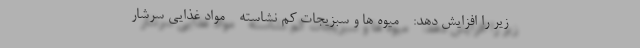
زیر را افزایش دهد: - میوه ها و سبزیجات کم نشاسته - مواد غذایی سرشار